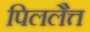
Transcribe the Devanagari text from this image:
पिललैत्त